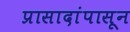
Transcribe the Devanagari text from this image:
प्रासादांपासून